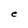
Character: e